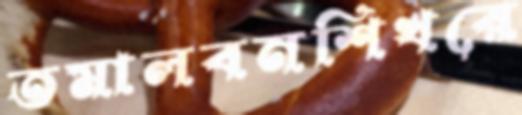
তমালবনশিখরে